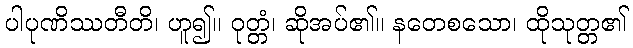
ပါပုဏိဿတီတိ၊ ဟူ၍။ ဝုတ္တံ၊ ဆိုအပ်၏။ နတေစသော၊ ထိုသုတ္တ၏